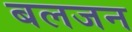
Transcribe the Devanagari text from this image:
बलजन